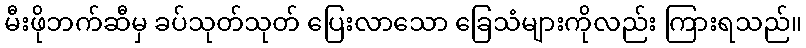
မီးဖိုဘက်ဆီမှ ခပ်သုတ်သုတ် ပြေးလာသော ခြေသံများကိုလည်း ကြားရသည်။